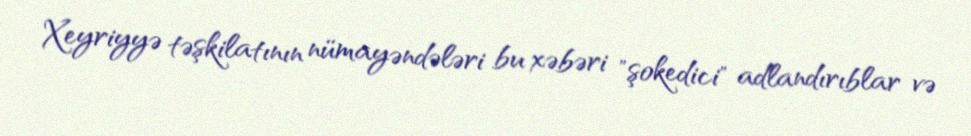
Xeyriyyə təşkilatının nümayəndələri bu xəbəri "şokedici" adlandırıblar və